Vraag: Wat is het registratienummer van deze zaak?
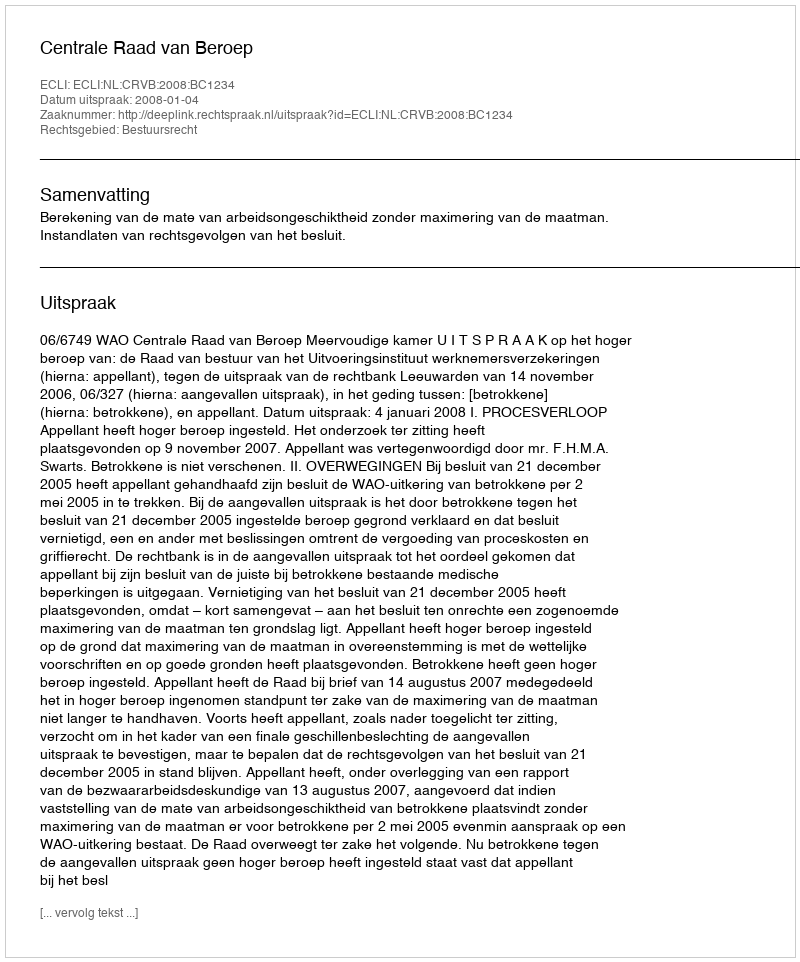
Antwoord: http://deeplink.rechtspraak.nl/uitspraak?id=ECLI:NL:CRVB:2008:BC1234